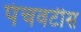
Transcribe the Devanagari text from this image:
पंचवटीस